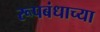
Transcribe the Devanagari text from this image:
रूपबंधाच्या